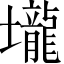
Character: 壠